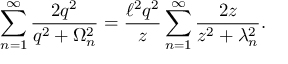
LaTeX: \sum _ { n = 1 } ^ { \infty } \frac { 2 q ^ { 2 } } { q ^ { 2 } + \Omega _ { n } ^ { 2 } } = \frac { \ell ^ { 2 } q ^ { 2 } } { z } \sum _ { n = 1 } ^ { \infty } \frac { 2 z } { z ^ { 2 } + \lambda _ { n } ^ { 2 } } .